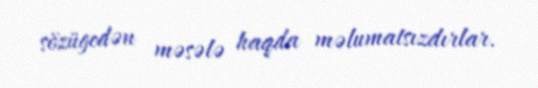
sözügedən məsələ haqda məlumatsızdırlar.